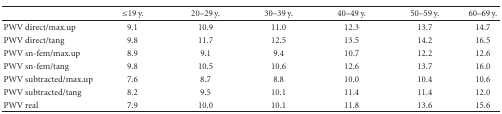
<table><thead><tr><td></td><td><b>≤19 y.</b></td><td><b>20–29 y.</b></td><td><b>30–39 y.</b></td><td><b>40–49 y.</b></td><td><b>50–59 y.</b></td><td><b>60–69 y.</b></td></tr></thead><tbody><tr><td>PWV direct/max.up</td><td>9.1</td><td>10.9</td><td>11.0</td><td>12.3</td><td>13.7</td><td>14.7</td></tr><tr><td>PWV direct/tang</td><td>9.8</td><td>11.7</td><td>12.5</td><td>13.5</td><td>14.2</td><td>16.5</td></tr><tr><td>PWV sn-fem/max.up</td><td>8.9</td><td>9.1</td><td>9.4</td><td>10.7</td><td>12.2</td><td>12.6</td></tr><tr><td>PWV sn-fem/tang</td><td>9.8</td><td>10.5</td><td>10.6</td><td>12.6</td><td>13.7</td><td>16.0</td></tr><tr><td>PWV subtracted/max.up</td><td>7.6</td><td>8.7</td><td>8.8</td><td>10.0</td><td>10.4</td><td>10.6</td></tr><tr><td>PWV subtracted/tang</td><td>8.2</td><td>9.5</td><td>10.1</td><td>11.4</td><td>11.4</td><td>12.0</td></tr><tr><td>PWV real</td><td>7.9</td><td>10.0</td><td>10.1</td><td>11.8</td><td>13.6</td><td>15.6</td></tr></tbody></table>